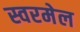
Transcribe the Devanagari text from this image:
स्वरमेल